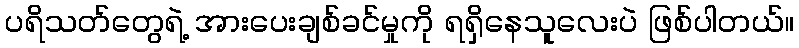
ပရိသတ်တွေရဲ့ အားပေးချစ်ခင်မှုကို ရရှိနေသူလေးပဲ ဖြစ်ပါတယ်။